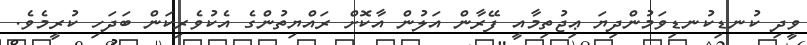
ވީދި ކުނޑިކުނޑިވަމުންދިޔަ ޢިޖުތިމާއީ ފޭރާން އަލުން އާކޮށް ރައްޔިތުންގެ އެކުވެރިކަން ބަދަހި ކުރީމެވެ.